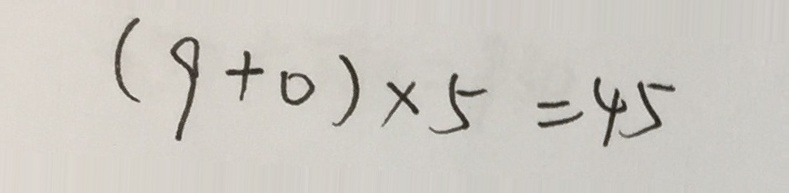
( 9 + 0 ) \times 5 = 4 5